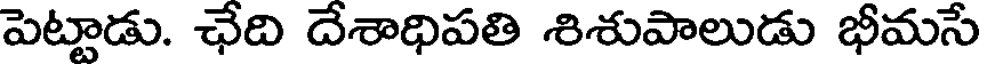
పెట్టాడు. ఛేది దేశాధిపతి శిశుపాలుడు భీమసే